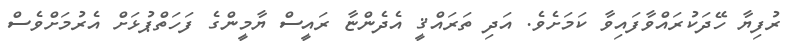
ރުފިޔާ ހޭދަކުރައްވާފައިވާ ކަމަށެވެ. އަދި ތަރައްޤީ އެދެންޏާ ރައީސް ޔާމީންގެ ފަހަތްޕުޅަށް އެރުމަށްވެސް